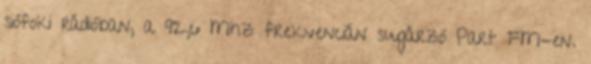
siófoki rádióban, a 92,6 Mhz frekvencián sugárzó Part FM-en.